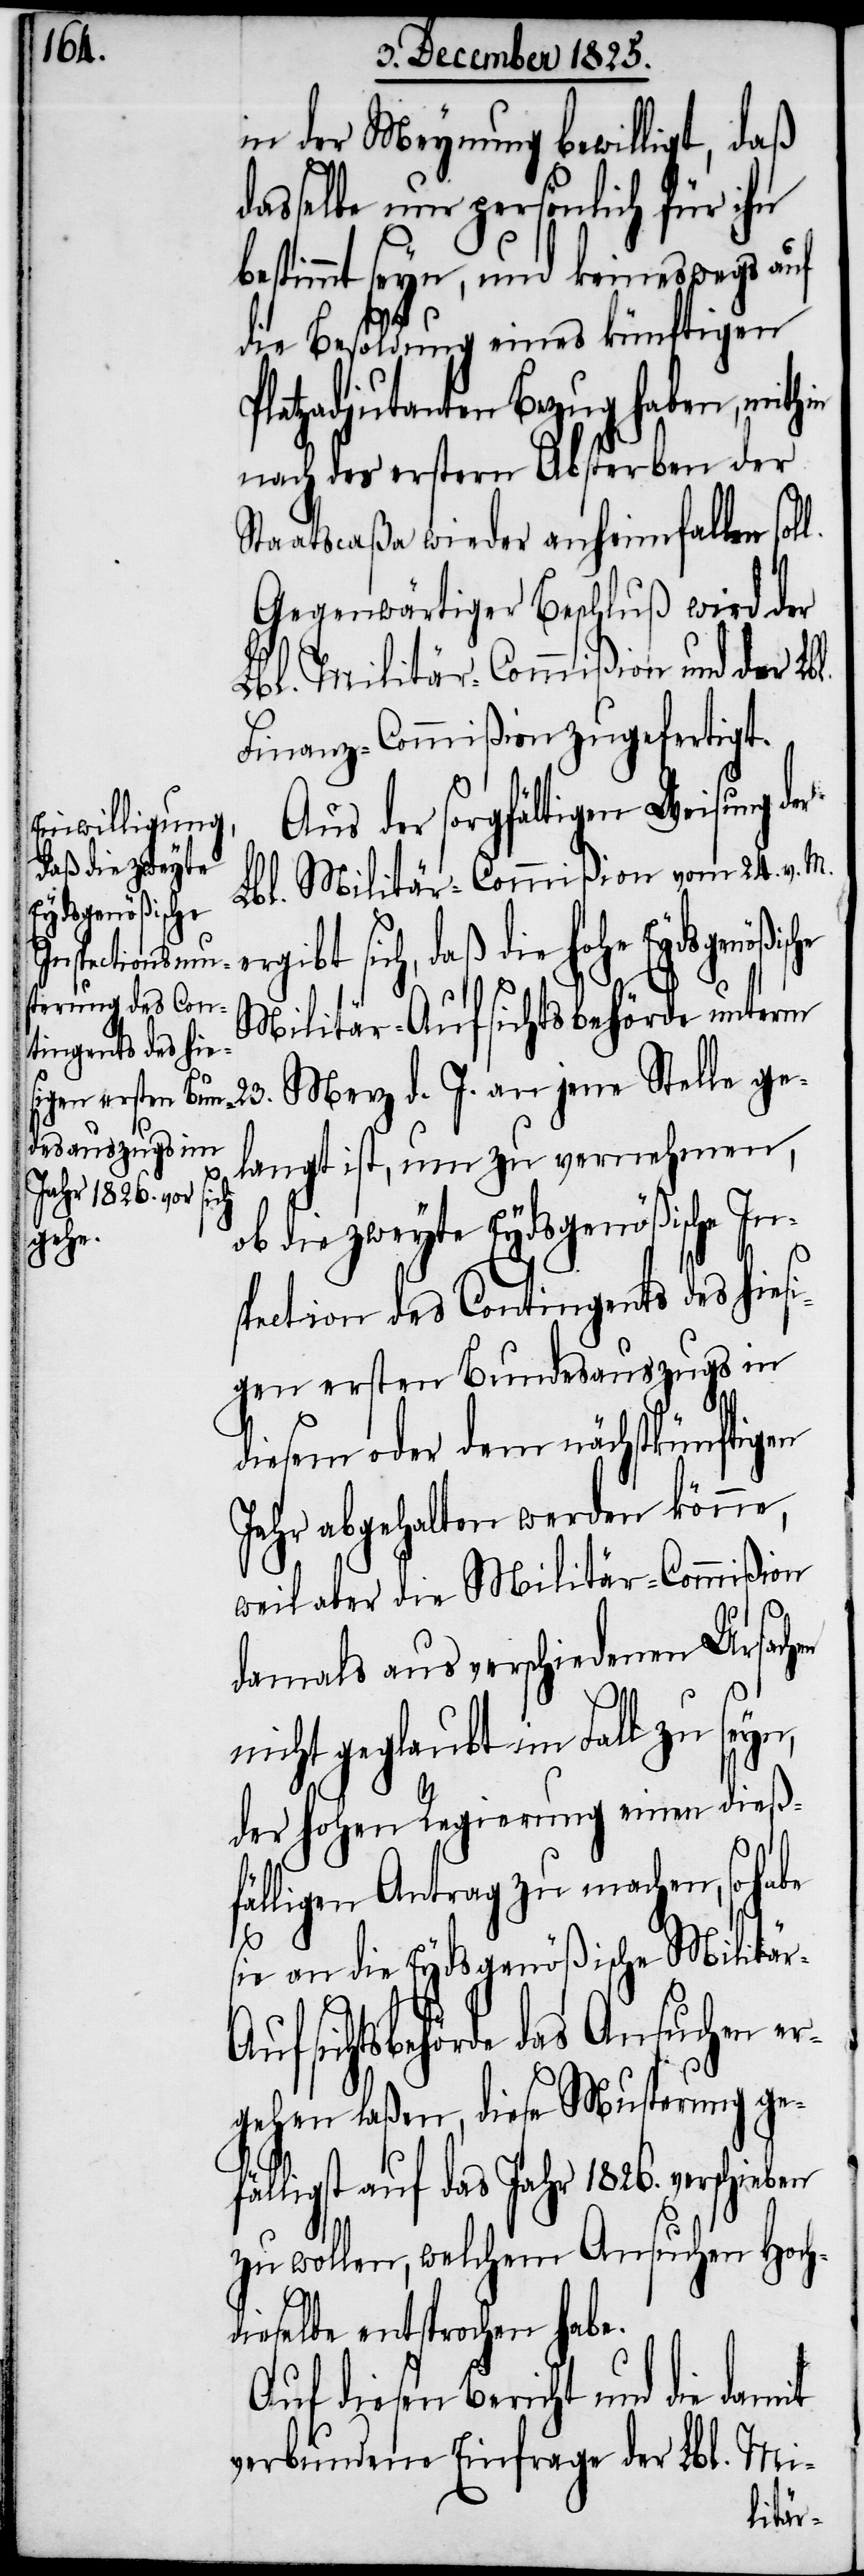
Eydsgenößische
P¬

in der Meynung bewilligt, daß
dasselbe nur persönlich für ihn
bestimmt seyn, und keineswegs auf
die Besoldung eines künftigen
latzadjutanten Bezug haben, mit¬
nach des erstern Absterben der
Staatscaßa wieder anheimfallen sol¬
Gegenwärtiger Beschluß wird der
Lbl. Militär-Commißion und der Lb¬
Finanz-Commißion zugefertigt.
l.
Aus der sorgfältigen Weisung der
Militär-Commißion vom 24. v. M.
Lbl.
ibt sich, daß die hohe
Militär-Aufsichtsbehörde unterm
23. Merz d. J. an jene Stelle ge¬
langt ist, um zu vernehmen,
ob die zweyte Eydsgenößische In¬
spection des Contingents des hiesi¬
gen ersten Bundesauszugs in
erg¬
diesem oder dem nächstkünftigen
Jahr abgehalten werden könne,
weil aber die Militär-Commißion
damals aus verschiedenen Ursach¬
en
nicht geglaubt im Fall zu seyn,
der hohen Regierung einen dieß¬
fälligen Antrag zu machen, so habe
sie an die Eydsgenößische Militär-A¬
ufsichtsbehörde das Ansuchen er¬
gehen laßen, diese Musterung ge¬
fälligst auf das Jahr 1826. verschieben
zu wollen, welchem Ansuchen Hoch¬
dieselbe entsprochen habe.
Auf diesen Bericht und die
verbundene Einfrage der Lbl. Mi-